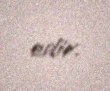
edir.